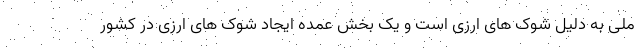
ملی به دلیل شوک های ارزی است و یک بخش عمده ایجاد شوک های ارزی در کشور